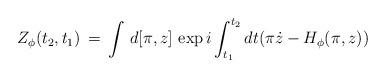
LaTeX: \begin{align*}Z_{\phi}(t_2,t_1)\,=\,\int\,d[\pi,z]\,\exp i\int_{t_1}^{t_2}dt(\pi\dot{z}-H_{\phi}(\pi,z))\end{align*}